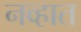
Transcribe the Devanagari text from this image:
नव्हात